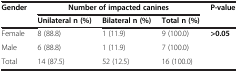
<table><thead><tr><td><b>Gender</b></td><td colspan="3"><b>Number of impacted canines</b></td><td rowspan="2"><b>P-value</b></td></tr><tr><td><b> </b></td><td><b>Unilateral n (%)</b></td><td><b>Bilateral n (%)</b></td><td><b>Total n (%)</b></td></tr></thead><tbody><tr><td>Female</td><td>8 (88.8)</td><td>1 (11.9)</td><td>9 (100.0)</td><td><b>&gt;0.05</b></td></tr><tr><td>Male</td><td>6 (88.8)</td><td>1 (11.9)</td><td>7 (100.0)</td><td> </td></tr><tr><td>Total</td><td>14 (87.5)</td><td>52 (12.5)</td><td>16 (100.0)</td><td> </td></tr></tbody></table>